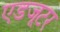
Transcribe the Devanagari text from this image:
एडजूटर